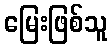
မြေးဖြစ်သူ